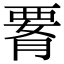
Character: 𦝫